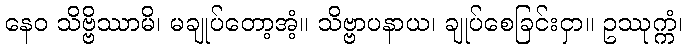
နေဝ သိဗ္ဗိဿာမိ၊ မချုပ်တော့အံ့။ သိဗ္ဗာပနာယ၊ ချုပ်စေခြင်းငှာ။ ဥဿုက္ကံ၊